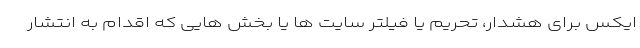
ایکس برای هشدار، تحریم یا فیلتر سایت ها یا بخش هایی که اقدام به انتشار